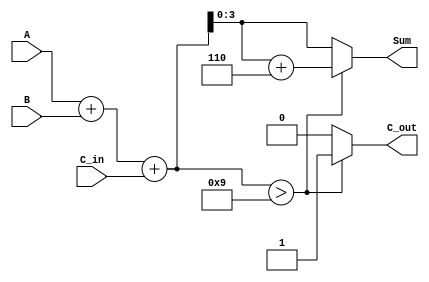
module BCD_Parallel_Adder (
    input  wire [3:0] A,      // BCD digit input A
    input  wire [3:0] B,      // BCD digit input B
    input  wire C_in,         // Carry input
    output reg  [3:0] Sum,    // BCD sum output
    output reg  C_out         // Carry output
);

    // Internal signals
    wire [4:0] S;             // 5-bit sum to accommodate carry
    wire [4:0] corrected_sum; // Corrected sum after BCD adjustment

    // Binary addition of A, B and C_in
    assign S = A + B + C_in;

    // BCD correction logic
    always @(*) begin
        if (S > 9) begin
            Sum = S + 5'd6; // Add 6 to correct the BCD
            C_out = 1;      // Set carry out
        end else begin
            Sum = S[3:0];   // Valid BCD, take lower 4 bits
            C_out = 0;      // No carry out
        end
    end

endmodule